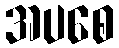
အပစေ